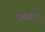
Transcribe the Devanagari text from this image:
वचनांनाच